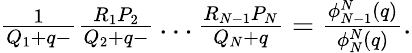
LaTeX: \begin{array}{r}{\frac{1}{Q_{1}+q-}\frac{R_{1}P_{2}}{Q_{2}+q-}\dots\frac{R_{N-1}P_{N}}{Q_{N}+q}=\frac{\phi_{N-1}^{N}(q)}{\phi_{N}^{N}(q)}.}\end{array}